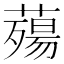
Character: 薚